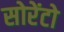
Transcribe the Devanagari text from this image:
सोरेंटो